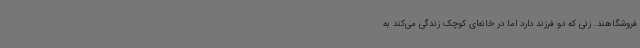
فروشگاهند. زنی که دو فرزند دارد اما در خانه‌ای کوچک زندگی می‌کند به